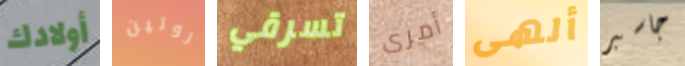
أولادك روتين تسرقي أمرى ألهى جاسبر